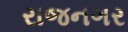
રાજનગર